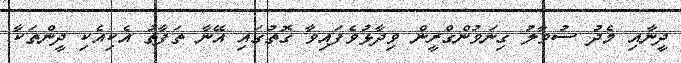
ދީނާއި މެދު ސުވާލު ގިނަވުންގްރީން ވިދާޅުވެފައިވާ ގޮތުގައި އޭނާ ތަފާތު އެކިއެކި ދީންތަކާ